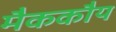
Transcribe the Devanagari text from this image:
मैककौय